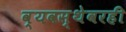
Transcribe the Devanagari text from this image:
व्यवस्थेवरही